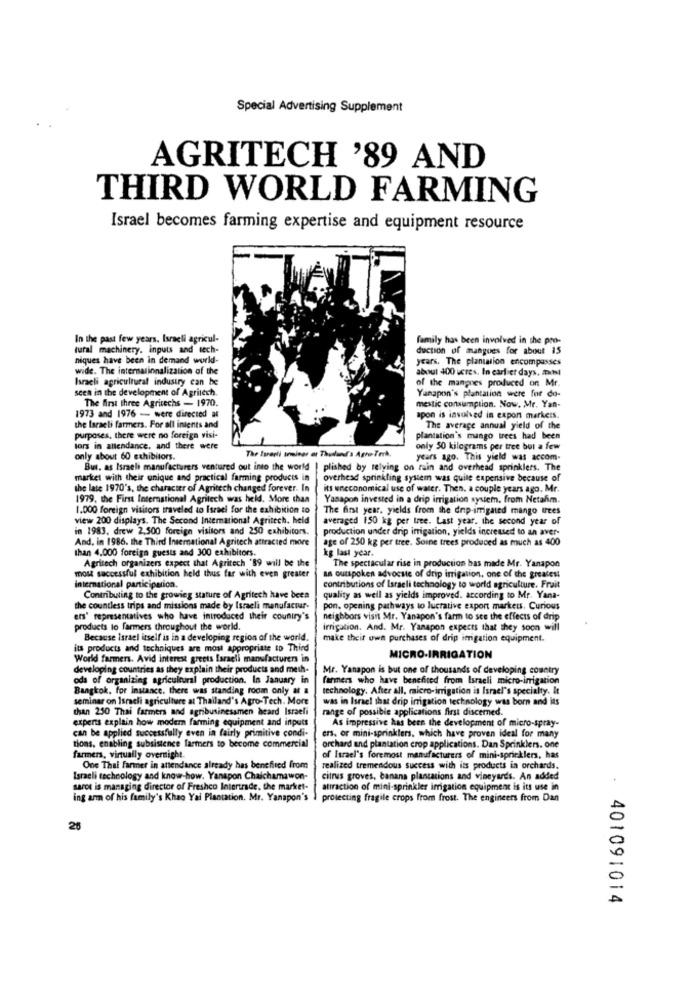
Special Advertising Supplement
AGRITECH '89 AND
THIRD WORLD FARMING
Israel becomes farming expertise and equipment resource
In the past few years. Israeli agricul-
family has been involved in the pro-
tural machinery. inputs and tech-
duction of mangues for about 15
niques have been in demand world-
years. The plantation encompasses
wide. The internationalization of the
about 400 acres. In carl er days, masl
Israeli agricultural industry can be
of the mangnes produced on Mr.
seen in the development of Agritech.
Yanapon's plantation were for do-
The first Ihree Agritechs - 1970.
1973 and 1976 - were directed at
mestic consumption. Now. Mr. Yan-
apon is involved in export markets.
the Israeli farmers. For all inients and
The average annual yield of the
purposes, there were no foreign visi-
plantation's mango trees had been
lors in attendance, and there were
only 50 kilograms per tree bor a few
only about 60 exhibitors.
The Israeli seminar er Thudland's Agro-Terk.
years ago. This yield was accom-
But. as Israel manufacturers ventured out into the world | plished by relying on rain and overhead sprinklers. The
market with their unique and practical farming products in
overhead sprinkling system was quite expensive because of
the late 1970's, the character of Agritech changed forever. In
its uneconomical use of water. Then, a couple years ago. Mr.
1979, the First International Agritech was held. More than
Yanapon invested in a drip irrigation system. from Netafim.
1.000 foreign visitors traveled to Israel for the exhibition to
The first year. yields from the dnip-irrigated mango urtes
view 200 displays. The Second International Agritech. heid
averaged 150 kg per lee. Last year. the second year of
in 1983. drew 2.500 foreign visitors and 250 exhibitors.
production under drip irrigation, yields increused to an aver-
And. in 1986. the Third International Agritech attracted more
age of 250 kg per tree. Soine trees produced as much as 400
than 4.000 foreign guests and 300 exhibitors.
kg last year.
Agritech organizers expect that Agritech '89 will be the
The spectacular rise in production has made Mr. Yanapon
most successful exhibition held thus far with even greater
an outspoken advocate of drip irrigation, one of the greatest
international participation.
contributions of Israeli technology to world agriculture. Fruit
Contributing to the growing stature of Agritech have bees
quality as well as yields improved. according to Mr. Yana-
the countless trips and missions made by Israeli manufactur-
pon, opening pathways to lucrative export markets. Curious
ers' representatives who have introduced their country's
neighbors visit Mr. Yanapon's farm to see the effects of drip
products lo farmers throughout the world.
irrigation. And. Mr. Yanapon expects that they soon will
Because Israel itself is in a developing region of the world.
make their own purchases of drip irrigation equipment.
its products and techniques are most appropriate to Third
World farmers. Avid interest greets laraell manufacturers in
MICRO-IRRIGATION
developing countries as they explain their products and mesh-
Mr. Yanapon is but one of thousands of developing country
oda of organizing agricultural production. In January in
farmers who have benefited from Israeli micro-irrigation
Bangkok, for instance. there was standing room only af a
technology. After all, micro-irrigation is Israel's specialty. It
seminar on Israeli agriculture at Thailand's Agro-Tech. More
was in Israel that drip irrigation technology was born and its
than 250 Thai farmers and agribusinessmen heard Israeli
range of possible applications first discerned.
experts explain how modern farming equipment and inputs
As impressive has been the development of micro-spray-
can be applied successfully even in fairly primitive condi-
ers. or mini-sprinklers, which have proven ideal for many
tions, enabling subsistence farmers to become commercial
orchard and plantation crop applications. Dan Sprinklers. one
farmers, virtually overnight.
of Israel's foremost manufacturers of mini-sprinklers, has
One Thai farmer in attendance already has benefited from
realized tremendous success with its products in orchards.
Israeli technology and know-how. Yanapon Chaichamawon-
citrus groves, banana plantations and vineyards. An added
sarot is managing director of Freshco Intertrade, the market-
attraction of mini-sprinkler irrigation equipment is its use in
ing arm of his family's Khao Yai Plantation. Mr. Yanapon's
protecting fragile crops from frost. The engineers from Dan
26
401091014